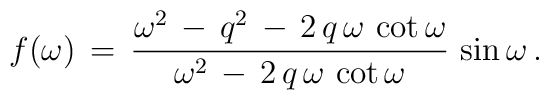
f(\omega)\,=\,\frac{\omega^2\,-\,q^2\,-\,2\,q\,\omega\,\cot\omega}{\omega^2\,-\,2\,q\,\omega\,\cot\omega}\,\sin\omega \, {.}